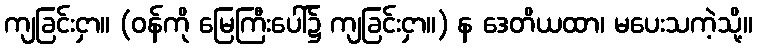
ကျခြင်းငှာ။ (ဝန်ကို မြေကြီးပေါ်၌ ကျခြင်းငှာ။) န ဒေတိယထာ၊ မပေးသကဲ့သို့။